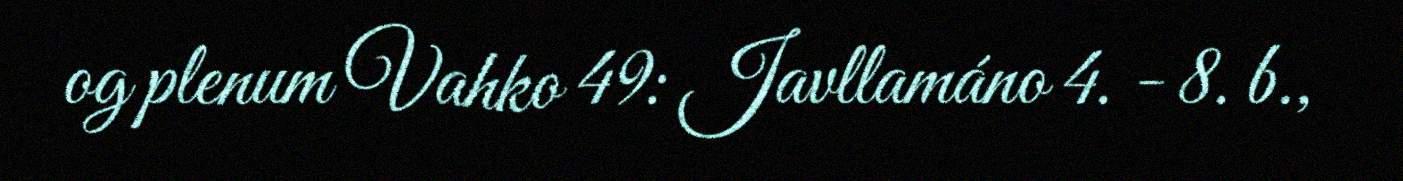
og plenum Vahko 49: Javllamáno 4. - 8. b.,